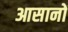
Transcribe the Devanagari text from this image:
आसानों